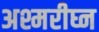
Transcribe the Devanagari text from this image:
अश्मरीघ्न